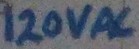
Text: 120VAC